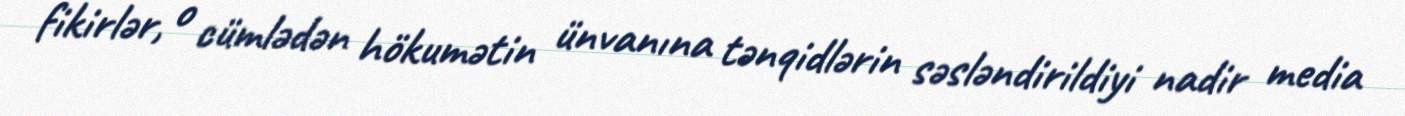
fikirlər, o cümlədən hökumətin ünvanına tənqidlərin səsləndirildiyi nadir media